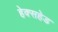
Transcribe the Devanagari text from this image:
हेक्सहेड